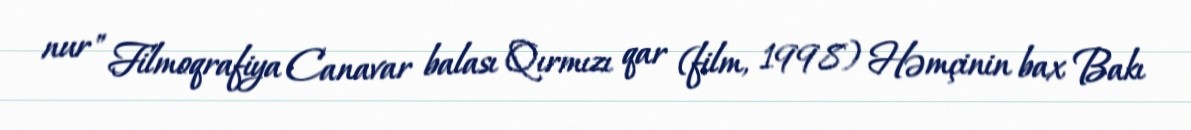
nur" Filmoqrafiya Canavar balası Qırmızı qar (film, 1998) Həmçinin bax Bakı